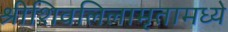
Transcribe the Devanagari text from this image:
श्रीशिवलिलामृतामध्ये